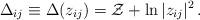
LaTeX: \begin{align*} \Delta_{ij} \equiv \Delta(z_{ij}) = \mathcal{Z} + \ln|z_{ij}|^2 \,.\end{align*}